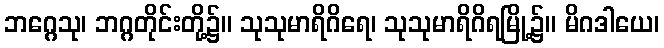
ဘဂ္ဂေသု၊ ဘဂ္ဂတိုင်းတို့၌။ သုသုမာရိဂိရေ၊ သုသုမာရိဂိရမြို့၌။ မိဂဒါယေ၊